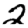
Digit: 2